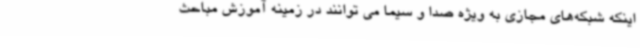
اینکه شبکه‌های مجازی به ویژه صدا و سیما می توانند در زمینه آموزش مباحث